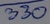
Text: 330